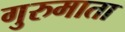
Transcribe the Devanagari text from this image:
गुरुमाता